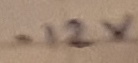
Text: -12V